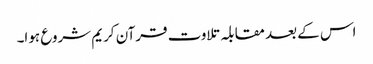
اس کے بعد مقابلہ تلاوت قرآن کریم شروع ہوا۔